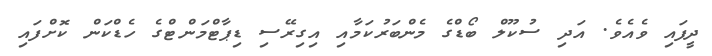
ދީފައި ވެއެވެ. އަދި ސުކޫލް ބޯޑްގެ މެންބަރުކަމާއި އިގިރޭސި ޑިޕާޓްމަންޓްގެ ހެޑްކަން ކޮށްފައި